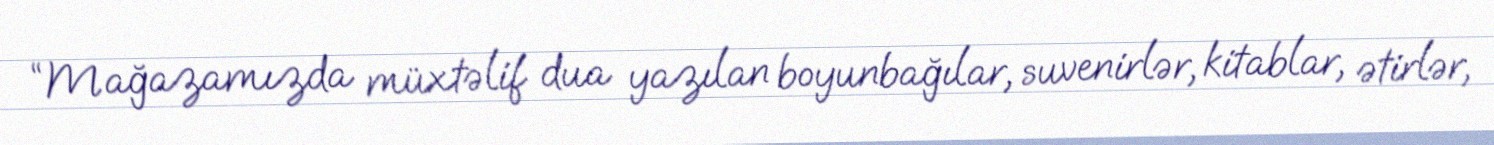
“Mağazamızda müxtəlif dua yazılan boyunbağılar, suvenirlər, kitablar, ətirlər,